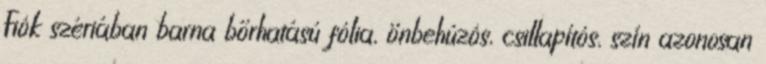
Fiók szériában barna bőrhatású fólia, önbehúzós, csillapítós, szín azonosan